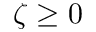
\zeta \geq 0